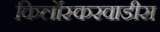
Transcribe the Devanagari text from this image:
किर्लोस्करवाडीस